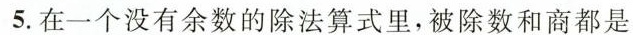
5.在一个没有余数的除法算式里，被除数和商都是